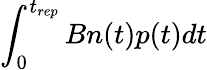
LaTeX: \int_{0}^{t_{rep}}Bn(t)p(t)dt